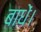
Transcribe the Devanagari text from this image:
बाधें।